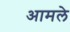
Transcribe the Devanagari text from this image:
आमले